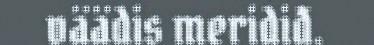
väädis meridiđ.